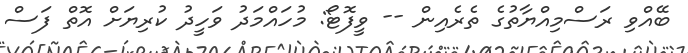
ބޭއްވި ރަސްމިއްޔާތުގެ ތެރެއިން -- ވީފޮޓޯ: މުހައްމަދު ވަހީދު ކުރިޔަށް އޮތް ފަސް